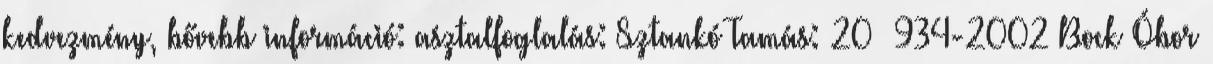
kedvezmény, bővebb információ: asztalfoglalás: Sztankó Tamás: 20 934-2002 Bock Óbor